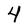
Character: 4